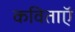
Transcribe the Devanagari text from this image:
कविताऍ